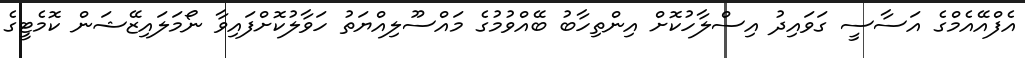
އެފްއޭއެމްގެ އަސާސީ ގަވައިދު އިސްލާހުކޮށް އިންތިހާބު ބޭއްވުމުގެ މައްސޫލިއްޔަތު ހަވާލުކޮށްފައިވާ ނޯމަލައިޒޭޝަން ކޮމެޓީގެ